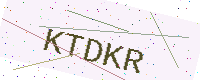
Text: KTDKR